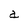
Character: a